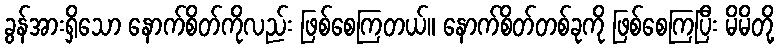
ခွန်အားရှိသော နောက်စိတ်ကိုလည်း ဖြစ်စေကြတယ်။ နောက်စိတ်တစ်ခုကို ဖြစ်စေကြပြီး မိမိတို့